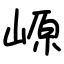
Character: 㟲